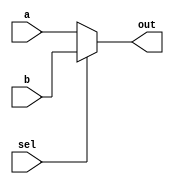

module Mux2x1 (
  input wire [31:0] a,
  input wire [31:0] b,
  input wire sel,
  output wire [31:0] out
);

  assign out = (sel == 0) ? a : b;

endmodule

module Mux2x1_tb;

  // Inputs
  reg [31:0] a;
  reg [31:0] b;
  reg sel;

  // Output
  wire [31:0] out;

  // Instantiate the module under test
  Mux2x1 dut (
    .a(a),
    .b(b),
    .sel(sel),
    .out(out)
  );

  // Stimulus
  initial begin
    // Initialize inputs
    a = 0;
    b = 32'h0000_0001;
    sel = 0;

    // Apply stimulus
    #10 sel = 1;
    #10 sel = 0;
    #10 sel = 1;

    // Finish simulation
    #10 $finish;
  end

  // Monitor
  always @(out)
    $display("Output = %b", out);

endmodule